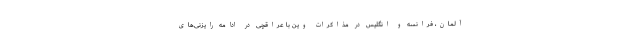
آلمان، فرانسه و انگلیس در مذاکرات وین با عراقچی در ادامه رایزنی‌های